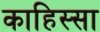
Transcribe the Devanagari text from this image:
काहिस्सा